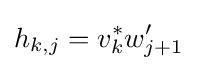
h_{k,j}=v_{k}^{*}w_{j+1}'